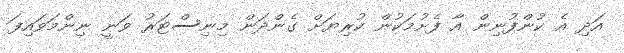
އަދި އެ ކުންފުނިން އާ ފެށުމަކުން ކުރިޔަށް ގެންދަން މިނިސްޓަރު ވަނީ ނިންމަވައިފަ